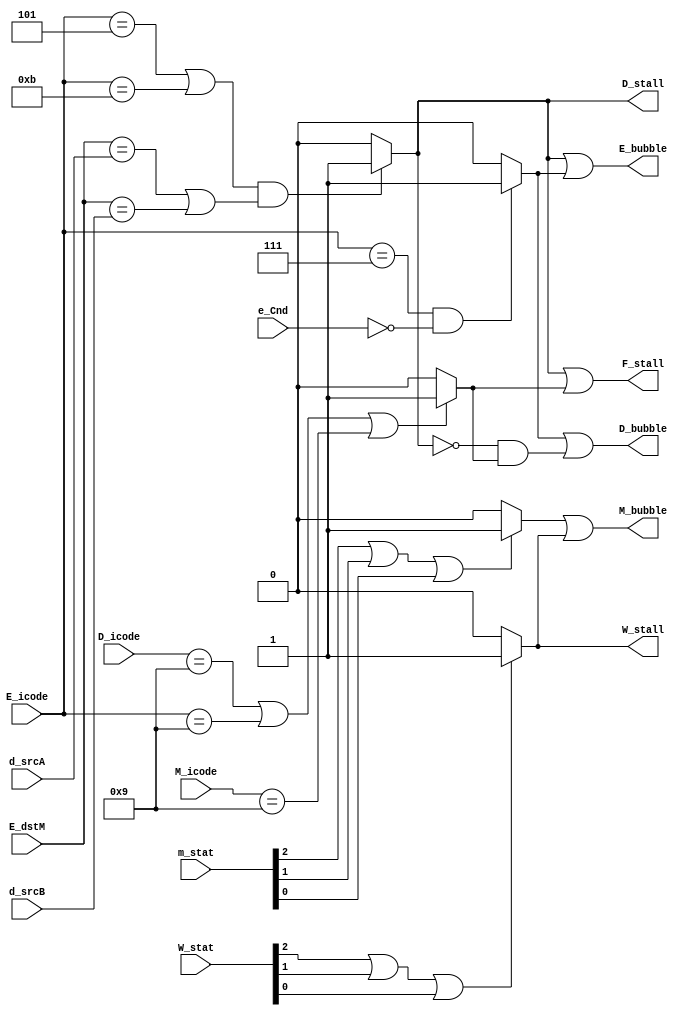
module PCL (D_icode, d_srcA, d_srcB, E_icode, E_dstM, e_Cnd, M_icode, m_stat, W_stat, F_stall, D_stall, D_bubble, E_bubble, M_bubble, W_stall);

input [0:3] D_icode, d_srcA, d_srcB, E_icode, E_dstM, M_icode, m_stat, W_stat;
input e_Cnd;

reg LU_H, M_B, R, M_E, W_E;

output reg F_stall, D_stall, D_bubble, E_bubble, M_bubble, W_stall;

// Combinational logic.
always @* begin
	// F_stall = 0;
	// D_stall = 0;
	// D_bubble = 0;
	// E_bubble = 0;
	// M_bubble = 0;
	// W_stall = 0;
	
	// Load/Use Hazard
	if ((E_icode == 4'h5 | E_icode == 4'hB) & (E_dstM == d_srcA | E_dstM == d_srcB))
		LU_H = 1;
	else
		LU_H = 0;
	
	// ret
	if (D_icode == 4'h9 | E_icode == 4'h9 | M_icode == 4'h9)
		R = 1;
	else
		R = 0;
	
	// Mispredicted Branch
	if ((E_icode == 4'h7) & ~e_Cnd)
		M_B = 1;
	else
		M_B = 0;
	
	// Error in memory stage
	if (m_stat[1] == 1 | m_stat[2] == 1 | m_stat[3] == 1)
		M_E = 1;
	else
		M_E = 0;
	
	// Error in write_back stage
	if (W_stat[1] == 1 | W_stat[2] == 1 | W_stat[3] == 1)
		W_E = 1;
	else
		W_E = 0;
	
	F_stall = (LU_H | R); // Load/Use Hazard | ret
	
	D_stall = (LU_H); // Load/Use Hazard
	
	D_bubble = (M_B | (~(LU_H) & R)); // Mispredicted Branch | ret without Load/Use Hazard
	
	E_bubble = (LU_H | M_B); // Load/Use Hazard | Mispredicted Branch
	
	M_bubble = (M_E | W_E); // If exception passes through memory stage
	
	W_stall = (W_E); // If exception in current stage
end

endmodule